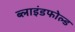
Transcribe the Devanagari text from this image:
ब्लाइंडफोल्ड